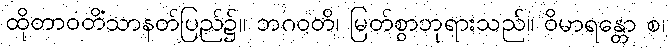
ထိုတာဝတိံသာနတ်ပြည်၌။ ဘဂဝတိ၊ မြတ်စွာဘုရားသည်။ ဝိမာရန္တော စ၊